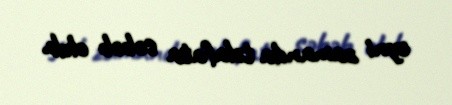
eyni zamanda təlafata səbəb olub.